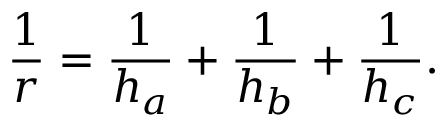
\displaystyle { \frac { 1 } { r } } = { \frac { 1 } { h _ { a } } } + { \frac { 1 } { h _ { b } } } + { \frac { 1 } { h _ { c } } } .